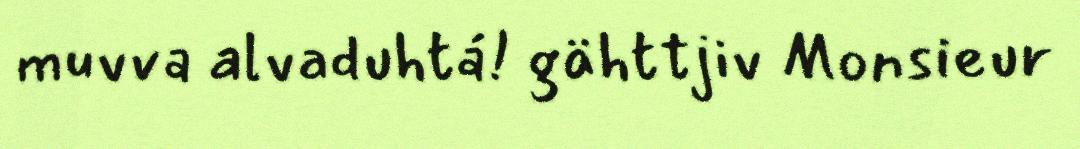
muvva alvaduhtá! gähttjiv Monsieur